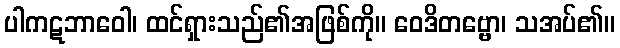
ပါကဋဘာဝေါ၊ ထင်ရှားသည်၏အဖြစ်ကို။ ဝေဒိတဗ္ဗော၊ သအပ်၏။